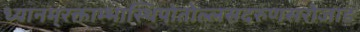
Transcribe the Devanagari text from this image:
ध्यानम्‌रक्ताम्भास्थिपोतोल्लसदरुणसरोजाङ